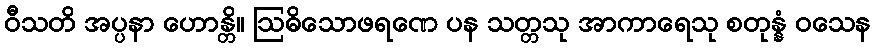
ဝီသတိ အပ္ပနာ ဟောန္တိ။ ဩဓိသောဖရဏေ ပန သတ္တသု အာကာရေသု စတုန္နံ ဝသေန